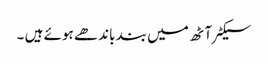
سیکٹر آٹھ میں بند باندھے ہوئے ہیں ۔